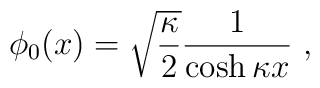
\phi_{0}(x) = \sqrt{\frac{\kappa}{2}} \frac{1}{\cosh \kappa x}  \ ,